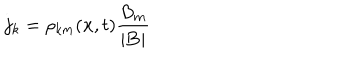
LaTeX: j _ { k } = \rho _ { k m } ( { \bf x } , t ) \frac { B _ { m } } { | { \bf B } | }